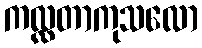
ကလ္လတာကုသလော